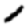
Digit: 1